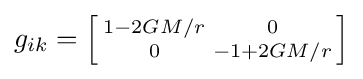
\textstyle g_{ik}=\left[{\begin{smallmatrix}1-{2GM}/{r}&0\\0&-1+{2GM}/{r}\end{smallmatrix}}\right]